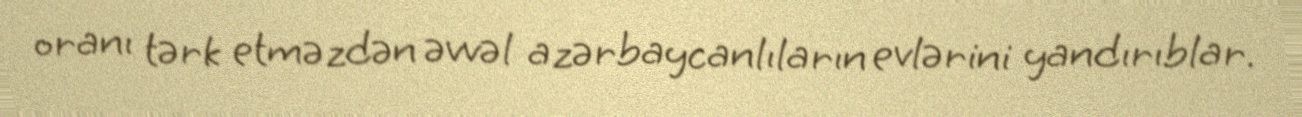
oranı tərk etməzdən əvvəl azərbaycanlıların evlərini yandırıblar.